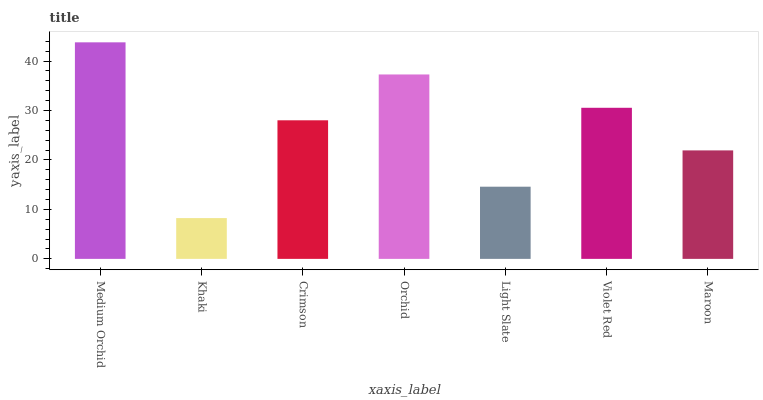
| xaxis_label | bars |
 | --- | --- |
 | Medium Orchid | 43.8 |
 | Khaki | 8.25 |
 | Crimson | 28 |
 | Orchid | 37.3 |
 | Light Slate | 14.6 |
 | Violet Red | 30.5 |
 | Maroon | 21.9 |